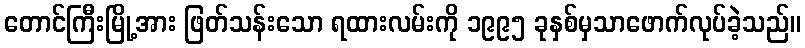
တောင်ကြီးမြို့အား ဖြတ်သန်းသော ရထားလမ်းကို ၁၉၉၅ ခုနှစ်မှသာဖောက်လုပ်ခဲ့သည်။